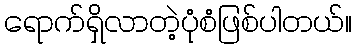
ရောက်ရှိလာတဲ့ပုံစံဖြစ်ပါတယ်။